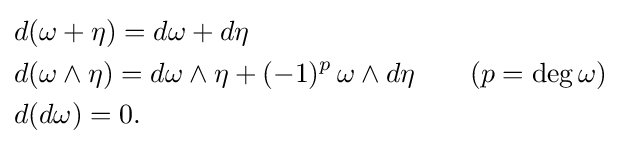
{\begin{aligned}&d(\omega +\eta )=d\omega +d\eta \\&d(\omega \wedge \eta )=d\omega \wedge \eta +(-1)^{p}\,\omega \wedge d\eta \qquad (p=\deg \omega )\\&d(d\omega )=0.\end{aligned}}